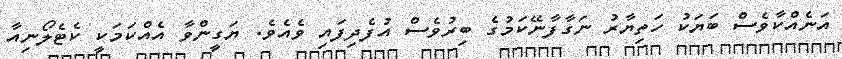
އަނެއްކާވެސް ބަޔަކު ހަތިޔާރު ނަގާފާނޭކަމުގެ ބިރުވެސް އުފެދިފައި ވެއެވެ. ޔަގީންވާ އެއްކަމަކީ ކެޓެލޯނިއާ